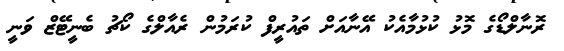
ރޮނާލްޑޯގެ މޮޅު ކުޅުމާއެކު އޭނާއަށް ތައުރީފް ކުރަމުން ރެއާލްގެ ކޯޗު ބެނީޓޭޒް ވަނީ